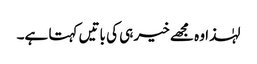
لہٰذا وہ مجھے خیر ہی کی باتیں کہتا ہے۔